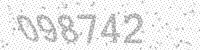
Solution: 098742